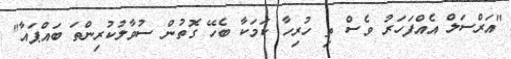
"އަރްސަލް އެއްފަހަރު ވެސް ތި ހުރިހާ ކަމަކާ ބެހޭ ގޮތުން ސުވާލުކުރިންތަ ބައްޕައާ"